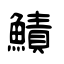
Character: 鰿